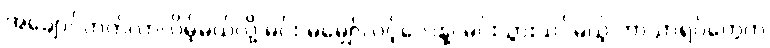
အချောင်တတ်လာလိမ့်မယ်လို့ မင်း မမျှော်လင့်လေနဲ့၊ မင်းသွားသင်မယ့် ဘာသာရပ်တွေက